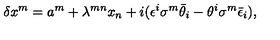
\delta x ^ { m } = a ^ { m } + \lambda ^ { m n } x _ { n } + i ( \epsilon ^ { i } \sigma ^ { m } \bar { \theta } _ { i } - \theta ^ { i } \sigma ^ { m } \bar { \epsilon } _ { i } ) ,